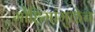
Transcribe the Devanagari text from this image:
मोहिमांमुळेच